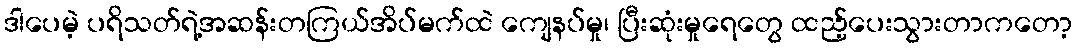
ဒါပေမဲ့ ပရိသတ်ရဲ့အဆန်းတကြယ်အိပ်မက်ထဲ ကျေနပ်မှု၊ ပြီးဆုံးမှုရေတွေ ထည့်ပေးသွားတာကတော့